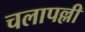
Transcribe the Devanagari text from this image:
चलापल्ली